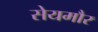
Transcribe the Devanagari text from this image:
सेयमौर